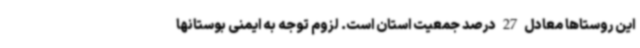
این روستاها معادل 27 درصد جمعیت استان است. لزوم توجه به ایمنی بوستانها